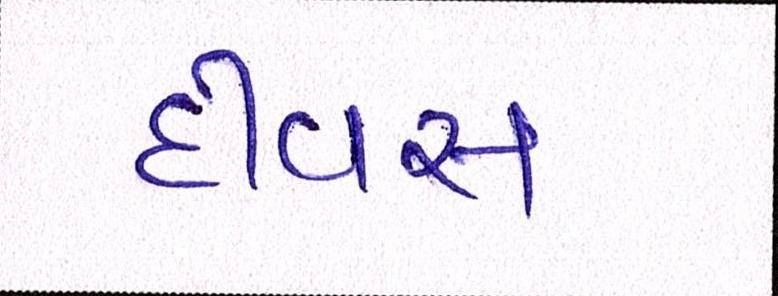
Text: દીવસ